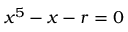
x ^ { 5 } - x - r = 0